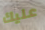
عليك